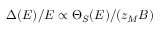
\Delta ( E ) / E \propto \Theta _ { S } ( E ) / ( z _ { M } B )